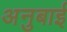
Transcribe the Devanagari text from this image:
अनुबाई